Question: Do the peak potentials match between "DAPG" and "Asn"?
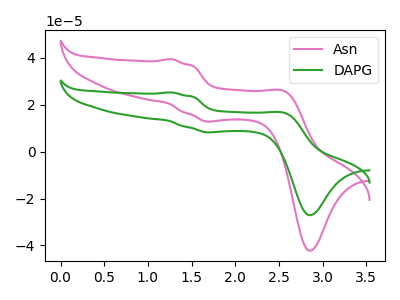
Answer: <think>The pink curve "Asn" has anodic peaks at (1.25V, 39.45uA) (2.55V, 25.60uA) and cathodic peaks at (1.65V, 12.85uA) (2.85V, -42.30uA). The green curve "DAPG" has anodic peaks at (1.25V, 25.30uA) (2.55V, 16.40uA) and cathodic peaks at (1.65V, 8.25uA) (2.85V, -27.15uA).</think>
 <answer>Yes, "DAPG" have a peak in "Asn" at the same potential.</answer>
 <eval>match</eval>